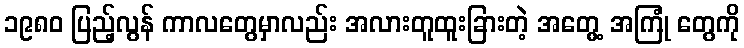
၁၉၈၀ ပြည့်လွန် ကာလတွေမှာလည်း အလားတူထူးခြားတဲ့ အတွေ့ အကြုံ တွေကို